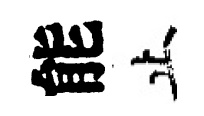
能止